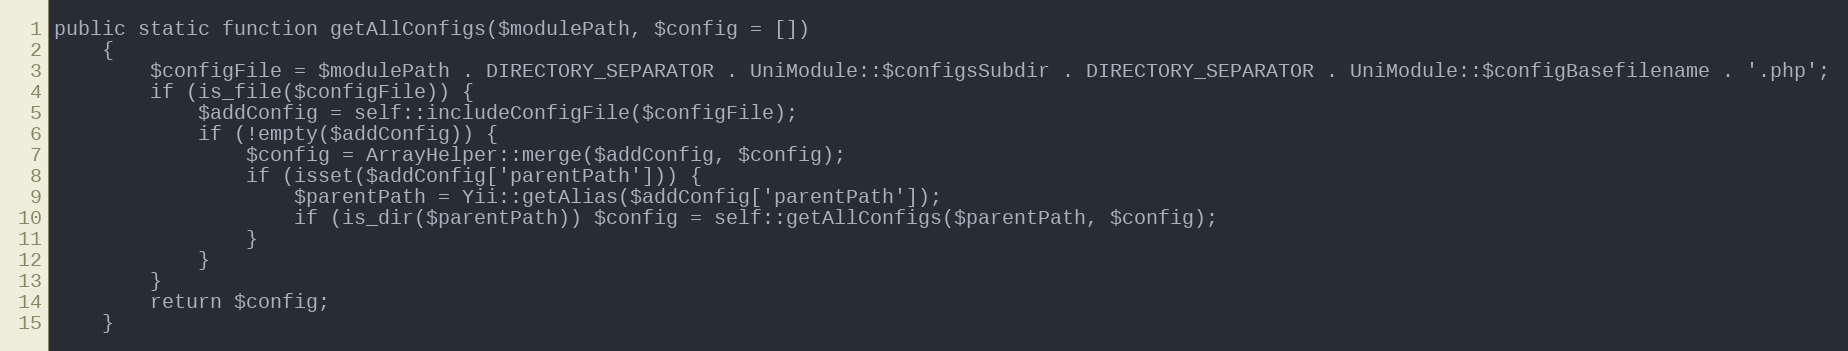
Language: PHP
public static function getAllConfigs($modulePath, $config = [])
    {
        $configFile = $modulePath . DIRECTORY_SEPARATOR . UniModule::$configsSubdir . DIRECTORY_SEPARATOR . UniModule::$configBasefilename . '.php';
        if (is_file($configFile)) {
            $addConfig = self::includeConfigFile($configFile);
            if (!empty($addConfig)) {
                $config = ArrayHelper::merge($addConfig, $config);
                if (isset($addConfig['parentPath'])) {
                    $parentPath = Yii::getAlias($addConfig['parentPath']);
                    if (is_dir($parentPath)) $config = self::getAllConfigs($parentPath, $config);
                }
            }
        }
        return $config;
    }